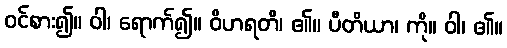
ဝင်စား၍။ ဝါ၊ ရောက်၍။ ဝိဟရတိ၊ ၏။ ပီတိယာ၊ ကို။ ဝါ၊ ၏။